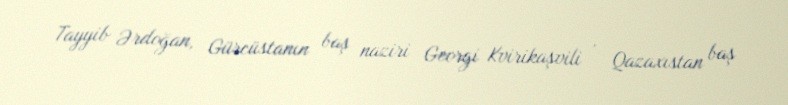
Tayyib Ərdoğan, Gürcüstanın baş naziri Georgi Kvirikaşvili , Qazaxıstan baş